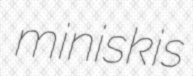
miniskis